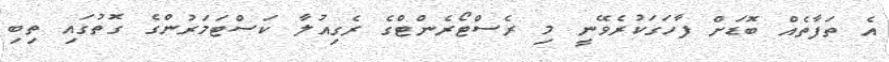
އެ ތަފާތެއް ބޮޑަށް ފާހަގަކުރެވޭނީ މި ރެސްޓޯރެންޓްގެ ރެގިއުލާ ކަސްޓަމަރުންގެ ގޮތުގައި ތިބި